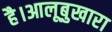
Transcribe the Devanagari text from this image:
है।आलूबुखारा